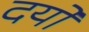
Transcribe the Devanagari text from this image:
दयो